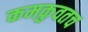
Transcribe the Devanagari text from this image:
कमकुवतच